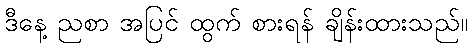
ဒီနေ့ ညစာ အပြင် ထွက် စားရန် ချိန်းထားသည်။